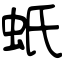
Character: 蚔